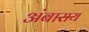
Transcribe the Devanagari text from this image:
अंबाराय